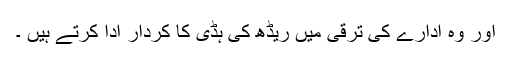
اور وہ ادارے کی ترقی میں ریڈھ کی ہڈی کا کردار ادا کرتے ہیں ۔